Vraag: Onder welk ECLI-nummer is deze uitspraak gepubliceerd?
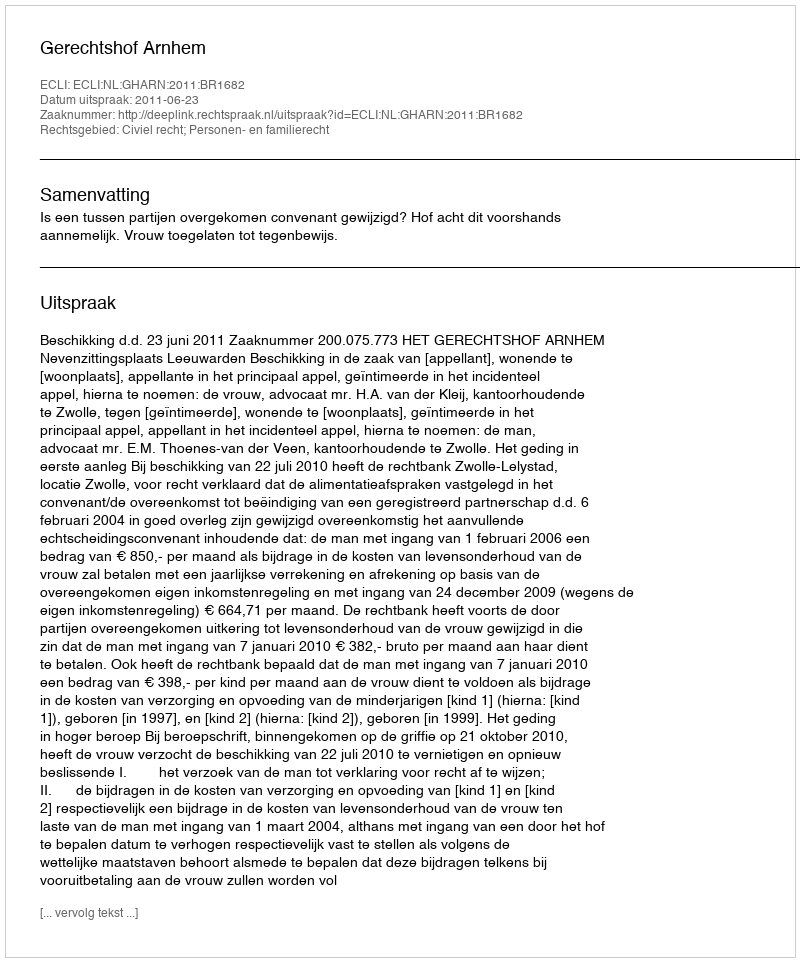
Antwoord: ECLI:NL:GHARN:2011:BR1682